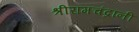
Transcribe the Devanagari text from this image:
श्रीरामचंद्रांनी